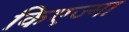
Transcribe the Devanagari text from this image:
किएज्मा